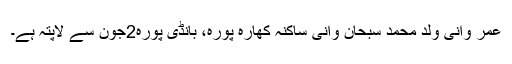
عمر وانی ولد محمد سبحان وانی ساکنہ کھارہ پورہ، بانڈی پورہ2جون سے لاپتہ ہے۔